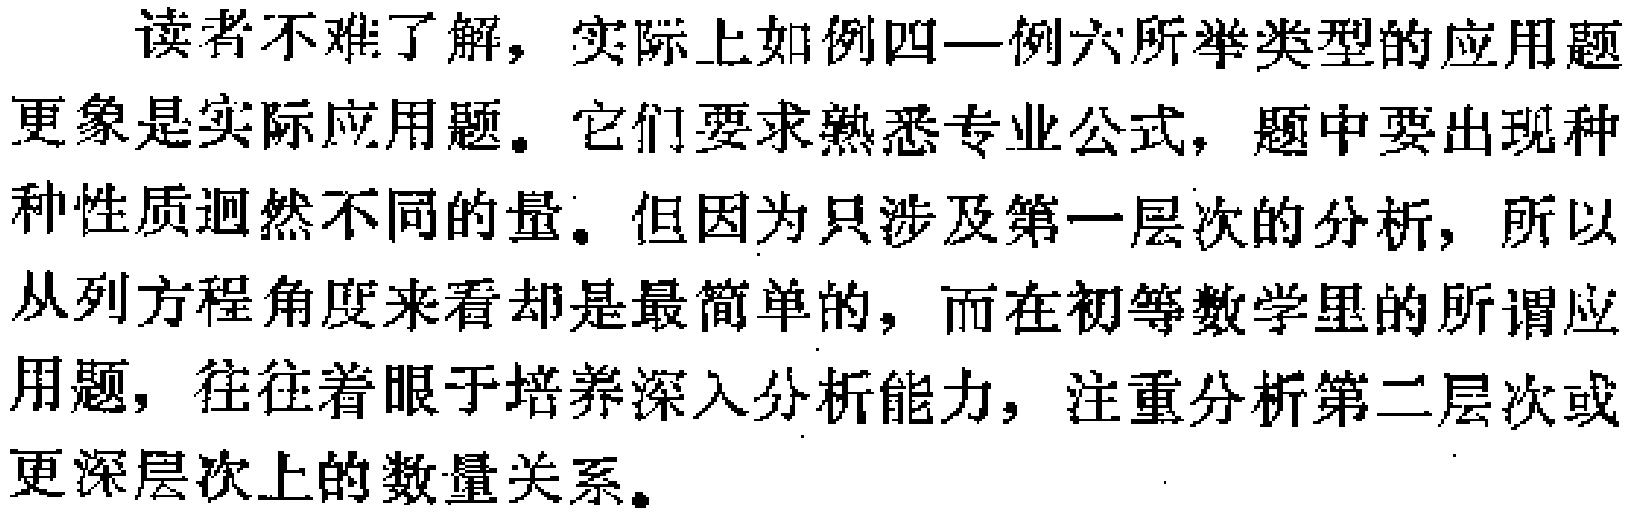
读者不难了解，实际上如例四—例六所举类型的应用题更象是实际应用题。它们要求熟悉专业公式，题中要出现种种性质迥然不同的量。但因为只涉及第一层次的分析，所以从列方程角度来看却是最简单的，而在初等数学里的所谓应用题，往往着眼于培养深入分析能力，注重分析第二层次或更深层次上的数量关系。